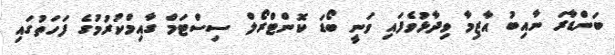
ބަންޑާރަ ނާއިބު އާޒިމާ ވިދާޅުވެފައި ވަނީ ބޯޑަ ކޮންޓްރޯލް ސިސްޓަމް ގާއިމްކުރުމުގެ ފަހަތުގައި